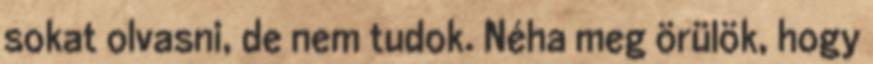
sokat olvasni, de nem tudok. Néha meg örülök, hogy